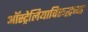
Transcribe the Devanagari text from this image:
ऑस्ट्रेलियाविरूद्धच्या